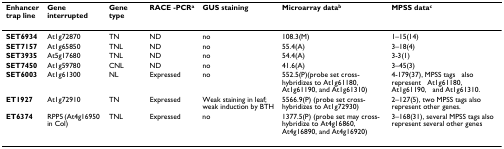
<table><thead><tr><td><b>Enhancer trap line</b></td><td><b>Gene interrupted</b></td><td><b>Gene type</b></td><td><b>RACE -PCR<sup>a</sup></b></td><td><b>GUS staining</b></td><td><b>Microarray data<sup>b</sup></b></td><td><b>MPSS data<sup>c</sup></b></td></tr></thead><tbody><tr><td><b>SET6934</b></td><td>At1g72870</td><td>TN</td><td>ND</td><td>no</td><td>108.3(M)</td><td>1–15(14)</td></tr><tr><td><b>SET7157</b></td><td>At1g65850</td><td>TNL</td><td>ND</td><td>no</td><td>55.4(A)</td><td>3–18(4)</td></tr><tr><td><b>SET3935</b></td><td>At5g17680</td><td>TNL</td><td>ND</td><td>no</td><td>54.4(A)</td><td>3-3(1)</td></tr><tr><td><b>SET7450</b></td><td>At1g59780</td><td>CNL</td><td>ND</td><td>no</td><td>41.6(A)</td><td>3–45(3)</td></tr><tr><td><b>SET6003</b></td><td>At1g61300</td><td>NL</td><td>Expressed</td><td>no</td><td>552.5(P)(probe set cross-hybridizes to At1g61180, At1g61190, and At1g61310)</td><td>4-179(37), MPSS tagsalso representAt1g61180, At1g61190,and At1g61310.</td></tr><tr><td><b>ET1927</b></td><td>At1g72910</td><td>TN</td><td>Expressed</td><td>Weak staining in leaf; weak induction by BTH</td><td>5566.9(P) (probe set cross-hybridizes to At1g72930)</td><td>2–127(5), two MPSS tags also represent other genes.</td></tr><tr><td><b>ET6374</b></td><td>RPP5 (At4g16950 in Col)</td><td>TNL</td><td>Expressed</td><td>no</td><td>1377.5(P) (probe set may cross-hybridize to At4g16860, At4g16890, and At4g16920)</td><td>3–168(31), several MPSS tags also represent several other genes</td></tr></tbody></table>